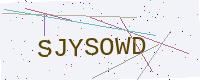
Text: SJYSOWD